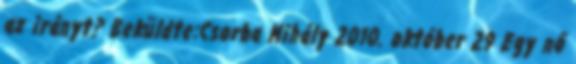
az irányt? Beküldte:Csorba Mihály 2010. október 29 Egy nő